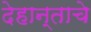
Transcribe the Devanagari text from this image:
देहान्ताचे